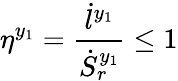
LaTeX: \eta^{y_{1}}=\frac{\dot{l}^{y_{1}}}{\dot{S}_{r}^{y_{1}}}\leq 1